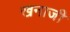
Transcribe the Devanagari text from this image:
खनाजी